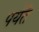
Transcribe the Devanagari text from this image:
पर्यँत